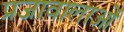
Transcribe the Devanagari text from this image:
प्रजावालाओं